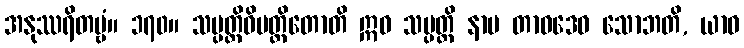
အနုဿရိတဗ္ဗံ။ ၁၇၀။ သမ္ပတ္တိဝိပတ္တိတောတိ ဣဓ သမ္ပတ္တိ နာမ တာဝဒေဝ သောဘတိ, ယာဝ